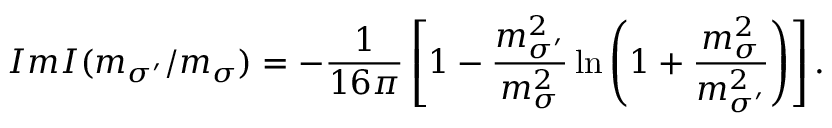
I m I ( m _ { \sigma ^ { \prime } } / m _ { \sigma } ) = - \frac { 1 } { 1 6 \pi } \left[ 1 - \frac { m _ { \sigma ^ { \prime } } ^ { 2 } } { m _ { \sigma } ^ { 2 } } \ln \left( 1 + \frac { m _ { \sigma } ^ { 2 } } { m _ { \sigma ^ { \prime } } ^ { 2 } } \right) \right] .